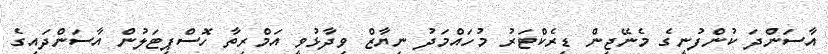
އާސަންދަ ކުންފުނީގެ މެނޭޖިން ޑިރެކްޓަރު މުހައްމަދު ނިޔާޒް ވިދާޅުވީ އަމްރިތާ ހޮސްޕިޓަލުން އާސަންދައިގެ